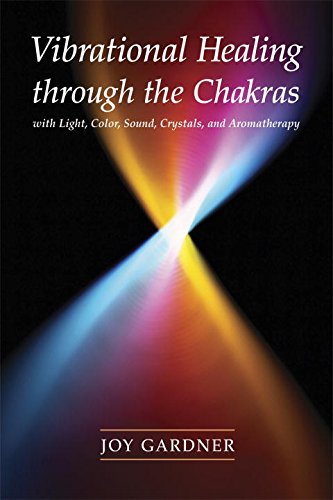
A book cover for Vibrational Healing Through the Chakras: With Light, Color, Sound, Crystals, and Aromatherapy; Joy Gardner; Health, Fitness & Dieting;